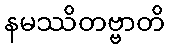
နမဿိတဗ္ဗာတိ